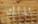
لذلك